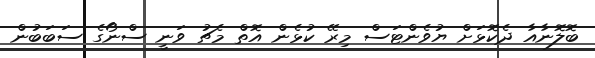
ބޮލޮނާއާ ދެކޮޅަށް ޔުވެންޓަސް މިރޭ ކުޅެން އޮތް މެޗު ވަނީ ސްނޯގެ ސަބަބުން